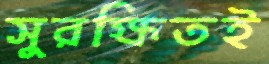
সুরক্ষিতই